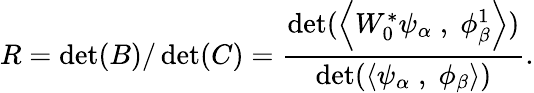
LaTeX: R=\operatorname*{d\mathrm{e}t}(B)/\operatorname*{d\mathrm{e}t}(C)={\frac{{\operatorname*{d\mathrm{e}t}(\left<W_{0}^{*}\psi_{\alpha}\; ,\; \phi_{\beta}^{1}\right>)}}{{\operatorname*{d\mathrm{e}t}(\left<\psi_{\alpha}\; ,\; \phi_{\beta}\right>)}}}.